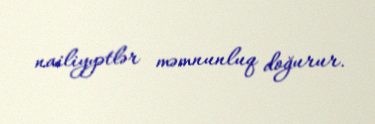
nailiyyətlər məmnunluq doğurur.